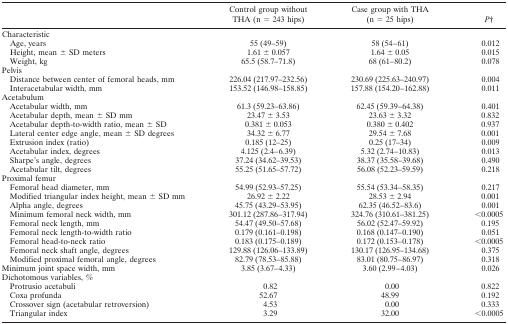
<table><thead><tr><td></td><td><b>Control group without THA (n = 243 hips)</b></td><td><b>Case group with THA (n = 25 hips)</b></td><td><b><i>P</i>†</b></td></tr></thead><tbody><tr><td>Characteristic</td><td></td><td></td><td></td></tr><tr><td> Age, years</td><td>55 (49–59)</td><td>58 (54–61)</td><td>0.012</td></tr><tr><td> Height, mean ± SD meters</td><td>1.61 ± 0.057</td><td>1.64 ± 0.05</td><td>0.015</td></tr><tr><td> Weight, kg</td><td>65.5 (58.7–71.8)</td><td>68 (61–80.2)</td><td>0.078</td></tr><tr><td>Pelvis</td><td></td><td></td><td></td></tr><tr><td> Distance between center of femoral heads, mm</td><td>226.04 (217.97–232.56)</td><td>230.69 (225.63–240.97)</td><td>0.004</td></tr><tr><td> Interacetabular width, mm</td><td>153.52 (146.98–158.85)</td><td>157.88 (154.20–162.88)</td><td>0.011</td></tr><tr><td>Acetabulum</td><td></td><td></td><td></td></tr><tr><td> Acetabular width, mm</td><td>61.3 (59.23–63.86)</td><td>62.45 (59.39–64.38)</td><td>0.401</td></tr><tr><td> Acetabular depth, mean ± SD mm</td><td>23.47 ± 3.53</td><td>23.63 ± 3.32</td><td>0.832</td></tr><tr><td> Acetabular depth-to-width ratio, mean ± SD</td><td>0.381 ± 0.053</td><td>0.380 ± 0.402</td><td>0.937</td></tr><tr><td> Lateral center edge angle, mean ± SD degrees</td><td>34.32 ± 6.77</td><td>29.54 ± 7.68</td><td>0.001</td></tr><tr><td> Extrusion index (ratio)</td><td>0.185 (12–25)</td><td>0.25 (17–34)</td><td>0.009</td></tr><tr><td> Acetabular index, degrees</td><td>4.125 (2.4–6.39)</td><td>5.32 (2.74–10.83)</td><td>0.013</td></tr><tr><td> Sharpe&#x27;s angle, degrees</td><td>37.24 (34.62–39.53)</td><td>38.37 (35.58–39.68)</td><td>0.490</td></tr><tr><td> Acetabular tilt, degrees</td><td>55.25 (51.65–57.72)</td><td>56.08 (52.23–59.59)</td><td>0.218</td></tr><tr><td>Proximal femur</td><td></td><td></td><td></td></tr><tr><td> Femoral head diameter, mm</td><td>54.99 (52.93–57.25)</td><td>55.54 (53.34–58.35)</td><td>0.217</td></tr><tr><td> Modified triangular index height, mean ± SD mm</td><td>26.92 ± 2.22</td><td>28.53 ± 2.94</td><td>0.001</td></tr><tr><td> Alpha angle, degrees</td><td>45.75 (43.29–53.95)</td><td>62.35 (46.52–83.6)</td><td>0.001</td></tr><tr><td> Minimum femoral neck width, mm</td><td>301.12 (287.86–317.94)</td><td>324.76 (310.61–381.25)</td><td>&lt;0.0005</td></tr><tr><td> Femoral neck length, mm</td><td>54.47 (49.50–57.68)</td><td>56.02 (52.47–59.92)</td><td>0.195</td></tr><tr><td> Femoral neck length-to-width ratio</td><td>0.179 (0.161–0.198)</td><td>0.168 (0.147–0.190)</td><td>0.051</td></tr><tr><td> Femoral head-to-neck ratio</td><td>0.183 (0.175–0.189)</td><td>0.172 (0.153–0.178)</td><td>&lt;0.0005</td></tr><tr><td> Femoral neck shaft angle, degrees</td><td>129.88 (126.06–133.89)</td><td>130.17 (126.95–134.68)</td><td>0.375</td></tr><tr><td> Modified proximal femoral angle, degrees</td><td>82.79 (78.53–85.88)</td><td>83.01 (80.75–86.97)</td><td>0.318</td></tr><tr><td>Minimum joint space width, mm</td><td>3.85 (3.67–4.33)</td><td>3.60 (2.99–4.03)</td><td>0.026</td></tr><tr><td>Dichotomous variables, %</td><td></td><td></td><td></td></tr><tr><td> Protrusio acetabuli</td><td>0.82</td><td>0.00</td><td>0.822</td></tr><tr><td> Coxa profunda</td><td>52.67</td><td>48.99</td><td>0.192</td></tr><tr><td> Crossover sign (acetabular retroversion)</td><td>4.53</td><td>0.00</td><td>0.333</td></tr><tr><td> Triangular index</td><td>3.29</td><td>32.00</td><td>&lt;0.0005</td></tr></tbody></table>